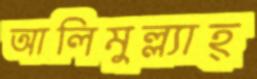
আলিমুল্ল্যাহ্